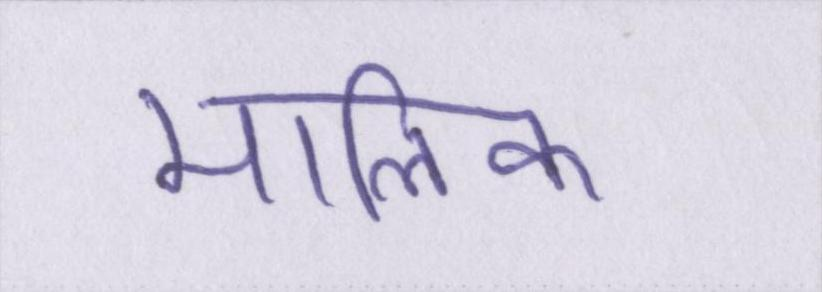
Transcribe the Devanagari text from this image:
मालिक